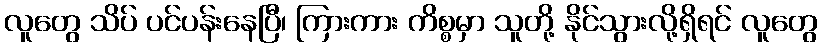
လူတွေ သိပ် ပင်ပန်းနေပြီ၊ ကြားကား ကိစ္စမှာ သူတို့ နိုင်သွားလို့ရှိရင် လူတွေ